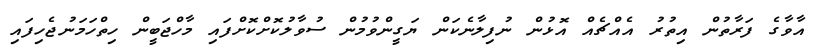
އާވާގެ ފަރާތުން އިތުރު އެއްޗެއް އޮޅުން ނުފިލާނެކަން ޔަގީންވުމުން ސުވާލުކޮށްކޮށްފައި މާހްޖަބީން ހިތްހަމަނުޖެހިފައި